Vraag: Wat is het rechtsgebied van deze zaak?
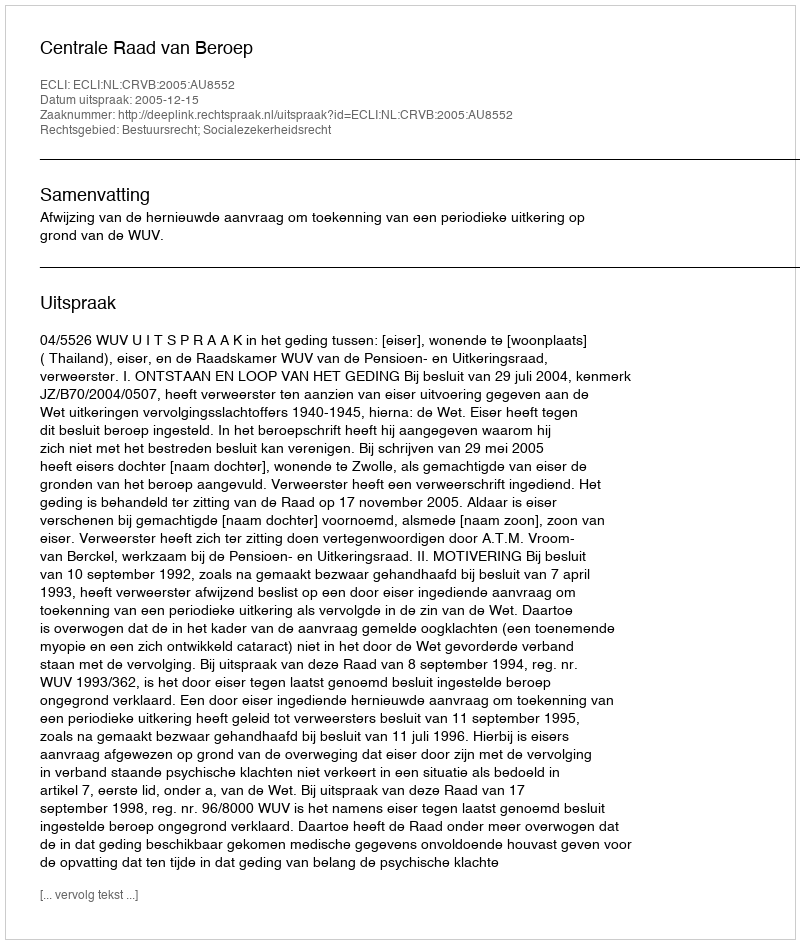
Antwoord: Bestuursrecht; Socialezekerheidsrecht